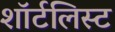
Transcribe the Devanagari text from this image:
शॉर्टलिस्ट